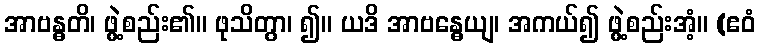
အာဗန္ဓတိ၊ ဖွဲ့စည်း၏။ ဖုသိတွာ၊ ၍။ ယဒိ အာဗန္ဓေယျ၊ အကယ်၍ ဖွဲ့စည်းအံ့။ (ဧဝံ